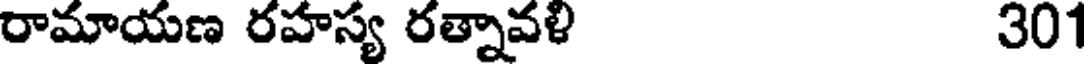
రామాయణ రహస్య రత్నావళి 301